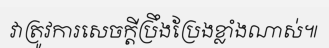
វាត្រូវការសេចក្តីប្រឹងប្រែងខ្លាំងណាស់៕